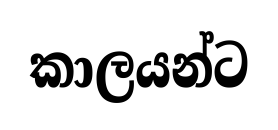
කාලයන්ට